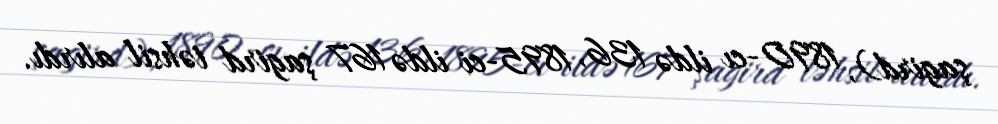
şagird), 1890-cı ildə 136, 1895-ci ildə 167 şagird təhsil alırdı.